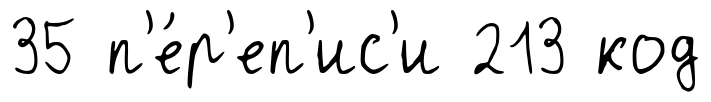
35 п'е́р'еп'ис'и 213 код